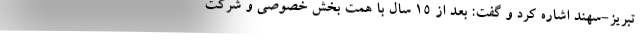
تبریز-سهند اشاره کرد و گفت: بعد از 15 سال با همت بخش خصوصی و شرکت